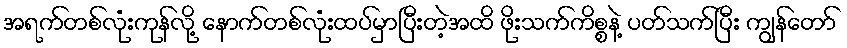
အရက်တစ်လုံးကုန်လို့ နောက်တစ်လုံးထပ်မှာပြီးတဲ့အထိ ဖိုးသက်ကိစ္စနဲ့ ပတ်သက်ပြီး ကျွန်တော်